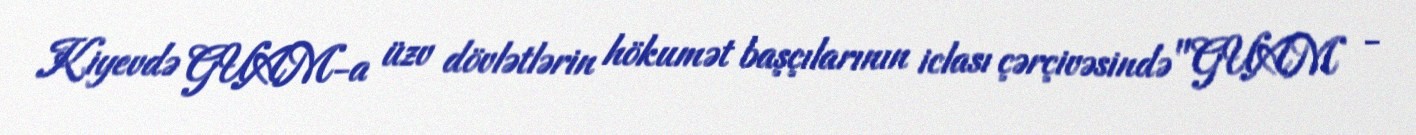
Kiyevdə GUAM-a üzv dövlətlərin hökumət başçılarının iclası çərçivəsində "GUAM -